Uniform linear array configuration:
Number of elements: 48
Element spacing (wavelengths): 0.5
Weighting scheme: exponential
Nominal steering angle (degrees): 0
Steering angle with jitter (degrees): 1.72
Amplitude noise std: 0.05
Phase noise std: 0.05

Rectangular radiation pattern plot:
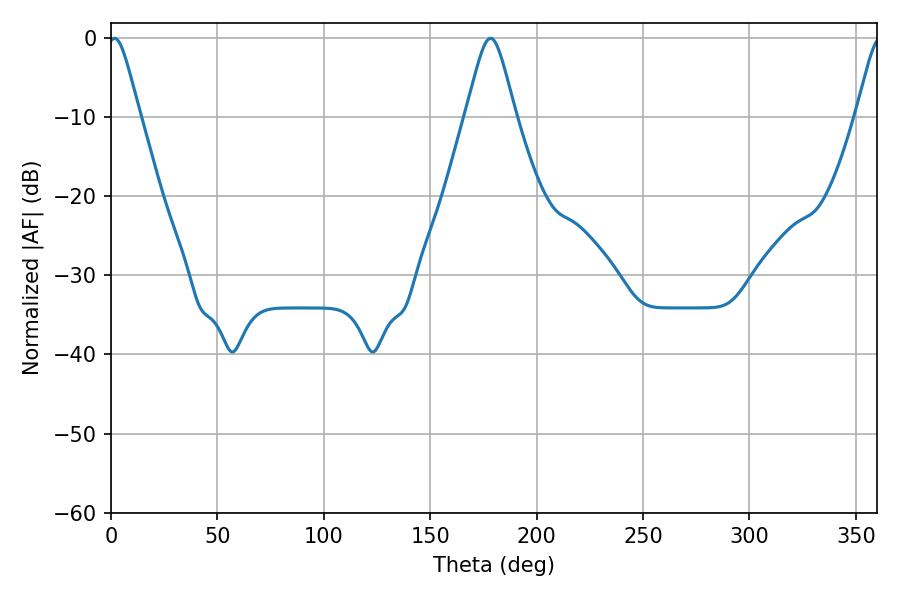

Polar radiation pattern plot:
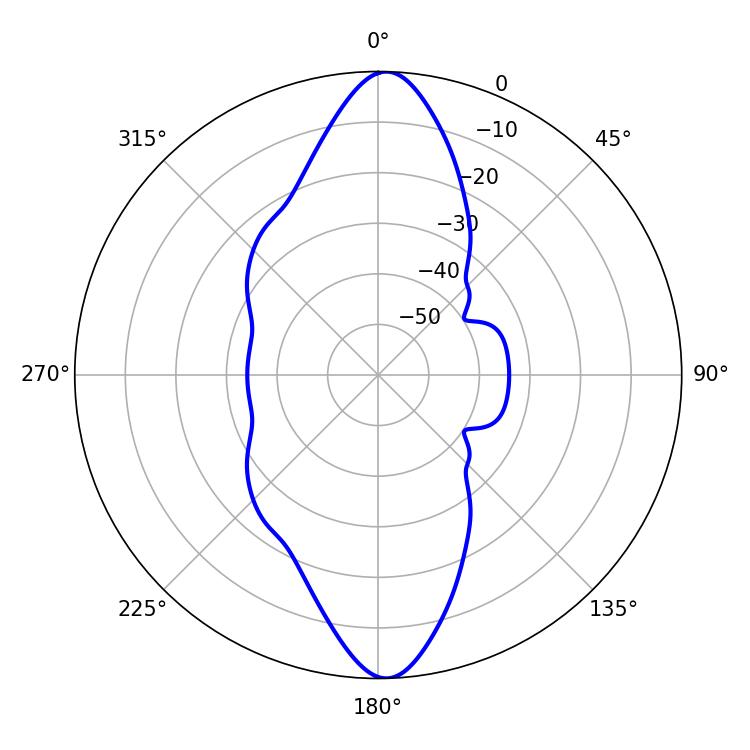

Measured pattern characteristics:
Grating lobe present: FALSE
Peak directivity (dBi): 22.757
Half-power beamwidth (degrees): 11.16
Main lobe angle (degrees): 178.38